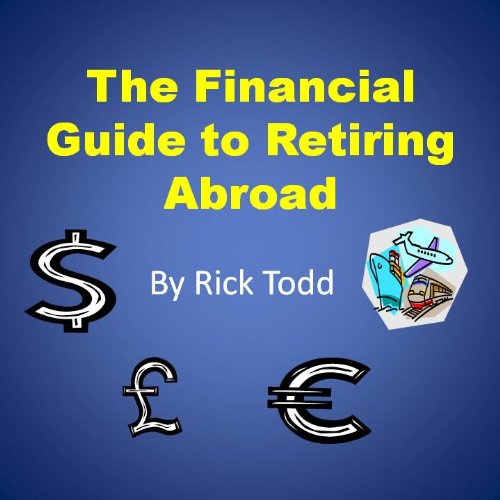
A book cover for The Financial Guide to Retiring Abroad: How to Retire Overseas, Avoid Tax, Invest Wisely, and Save Your Money; Rick Todd; Travel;